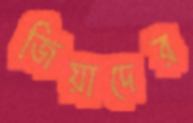
জিয়াদের